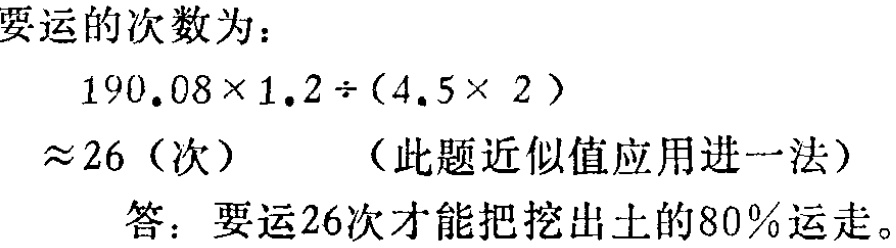
要运的次数为：

\[

190.08\times1.2\div(4.5\times 2)

\]

\(\approx 26\)（次） （此题近似值应用进一法）

答：要运26次才能把挖出土的80%运走。